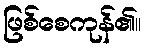
ဖြစ်စေကုန်၏။